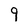
Character: 9